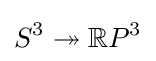
S^{3}\twoheadrightarrow \mathbb {R} P^{3}